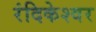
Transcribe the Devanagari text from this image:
रंदिकेश्वर